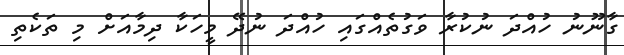
ގާނޫނު ހުއްދަ ނުކުރާ ވަގުތެއްގައި ހުއްދަ ނުދޭ މީހަކާ ދިމާއަށް މި ތަކެތި